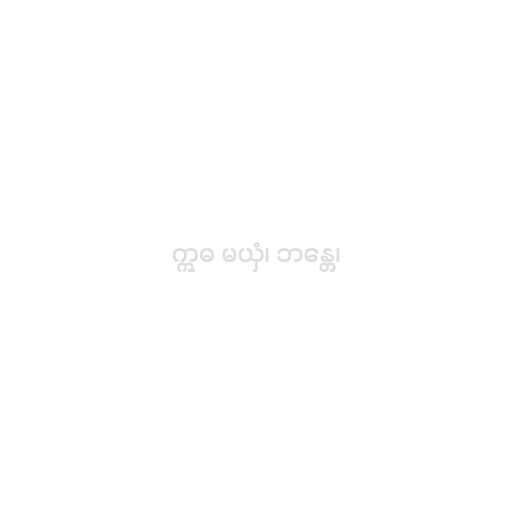
ဣဓ မယှံ၊ ဘန္တေ၊